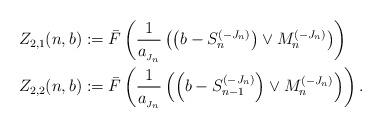
LaTeX: \begin{align*} Z_{2,1} (n,b) &:= \bar{F} \left( \frac{1}{a_{_{J_n}}} \left( \left( b -S_{n}^{(-J_n)} \right) \vee M_n^{(-J_n)}\right) \right) \\ Z_{2,2} (n,b) &:= \bar{F} \left( \frac{1}{a_{_{J_n}}} \left( \left( b -S_{n-1}^{(-J_n)} \right) \vee M_n^{(-J_n)} \right) \right).\end{align*}